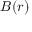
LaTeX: { \boldsymbol { B } } ( { \boldsymbol { r } } )